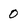
Character: 0